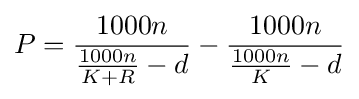
P={1000n \over {1000n \over K+R}-d}-{1000n \over {1000n \over K}-d}